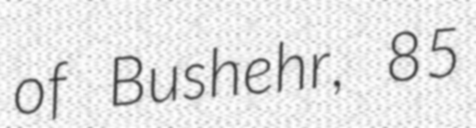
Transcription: of Bushehr, 85